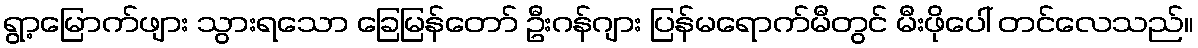
ရွာ့မြောက်ဖျား သွားရသော ခြေမြန်တော် ဦးဂန်ဂျား ပြန်မရောက်မီတွင် မီးဖိုပေါ် တင်လေသည်။